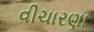
વીચારણા